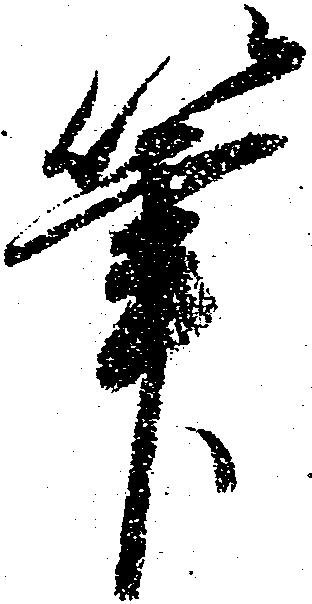
筆